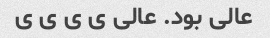
عالی بود. عالی ی ی ی ی